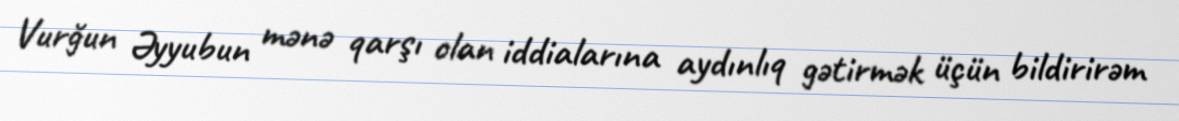
Vurğun Əyyubun mənə qarşı olan iddialarına aydınlıq gətirmək üçün bildirirəm